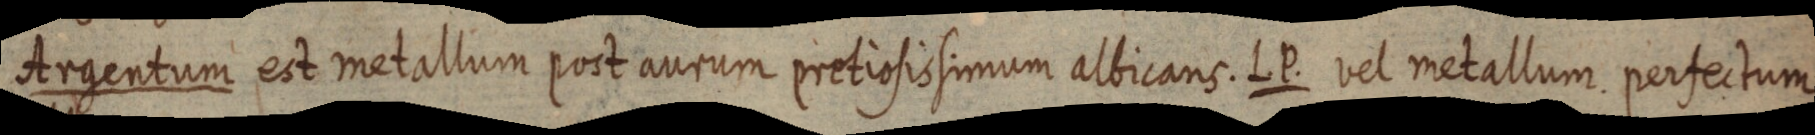
Argentum est metallum post aurum pretiosissimum albicans. L. P. vel metallum perfectum